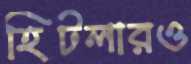
হিটলারও